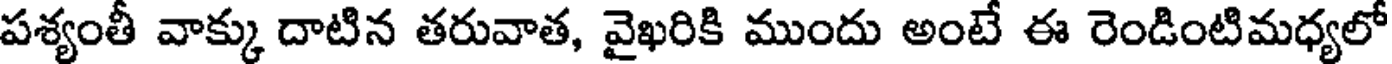
పశ్యంతీ వాక్కు దాటిన తరువాత, వైఖరికి ముందు అంటే ఈ రెండింటిమధ్యలో